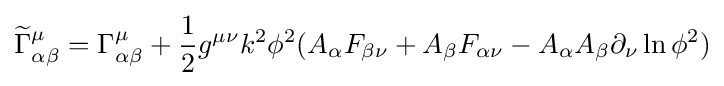
{\widetilde {\Gamma }}_{\alpha \beta }^{\mu }=\Gamma _{\alpha \beta }^{\mu }+{\frac {1}{2}}g^{\mu \nu }k^{2}\phi ^{2}(A_{\alpha }F_{\beta \nu }+A_{\beta }F_{\alpha \nu }-A_{\alpha }A_{\beta }\partial _{\nu }\ln \phi ^{2})